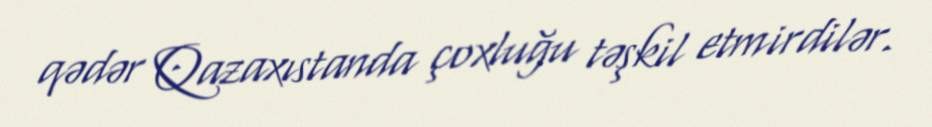
qədər Qazaxıstanda çoxluğu təşkil etmirdilər.